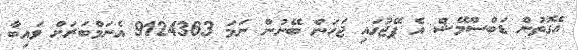
އެގޮތުން ޑަބްސްމޭޝް އެ ޕޭޖުގައި ޖަހަން ބޭނުން ނަމަ 9124363 އެނަމްބަރަށް ވައިބާ